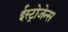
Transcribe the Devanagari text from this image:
ईस्ट्रोजेन्स